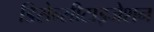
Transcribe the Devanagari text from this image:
डिसेन्सीटाइजेशन